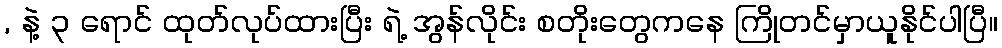
, နဲ့ ၃ ရောင် ထုတ်လုပ်ထားပြီး ရဲ့ အွန်လိုင်း စတိုးတွေကနေ ကြိုတင်မှာယူနိုင်ပါပြီ။